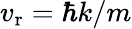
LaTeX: v_{\mathrm{r}}=\hbar k/m